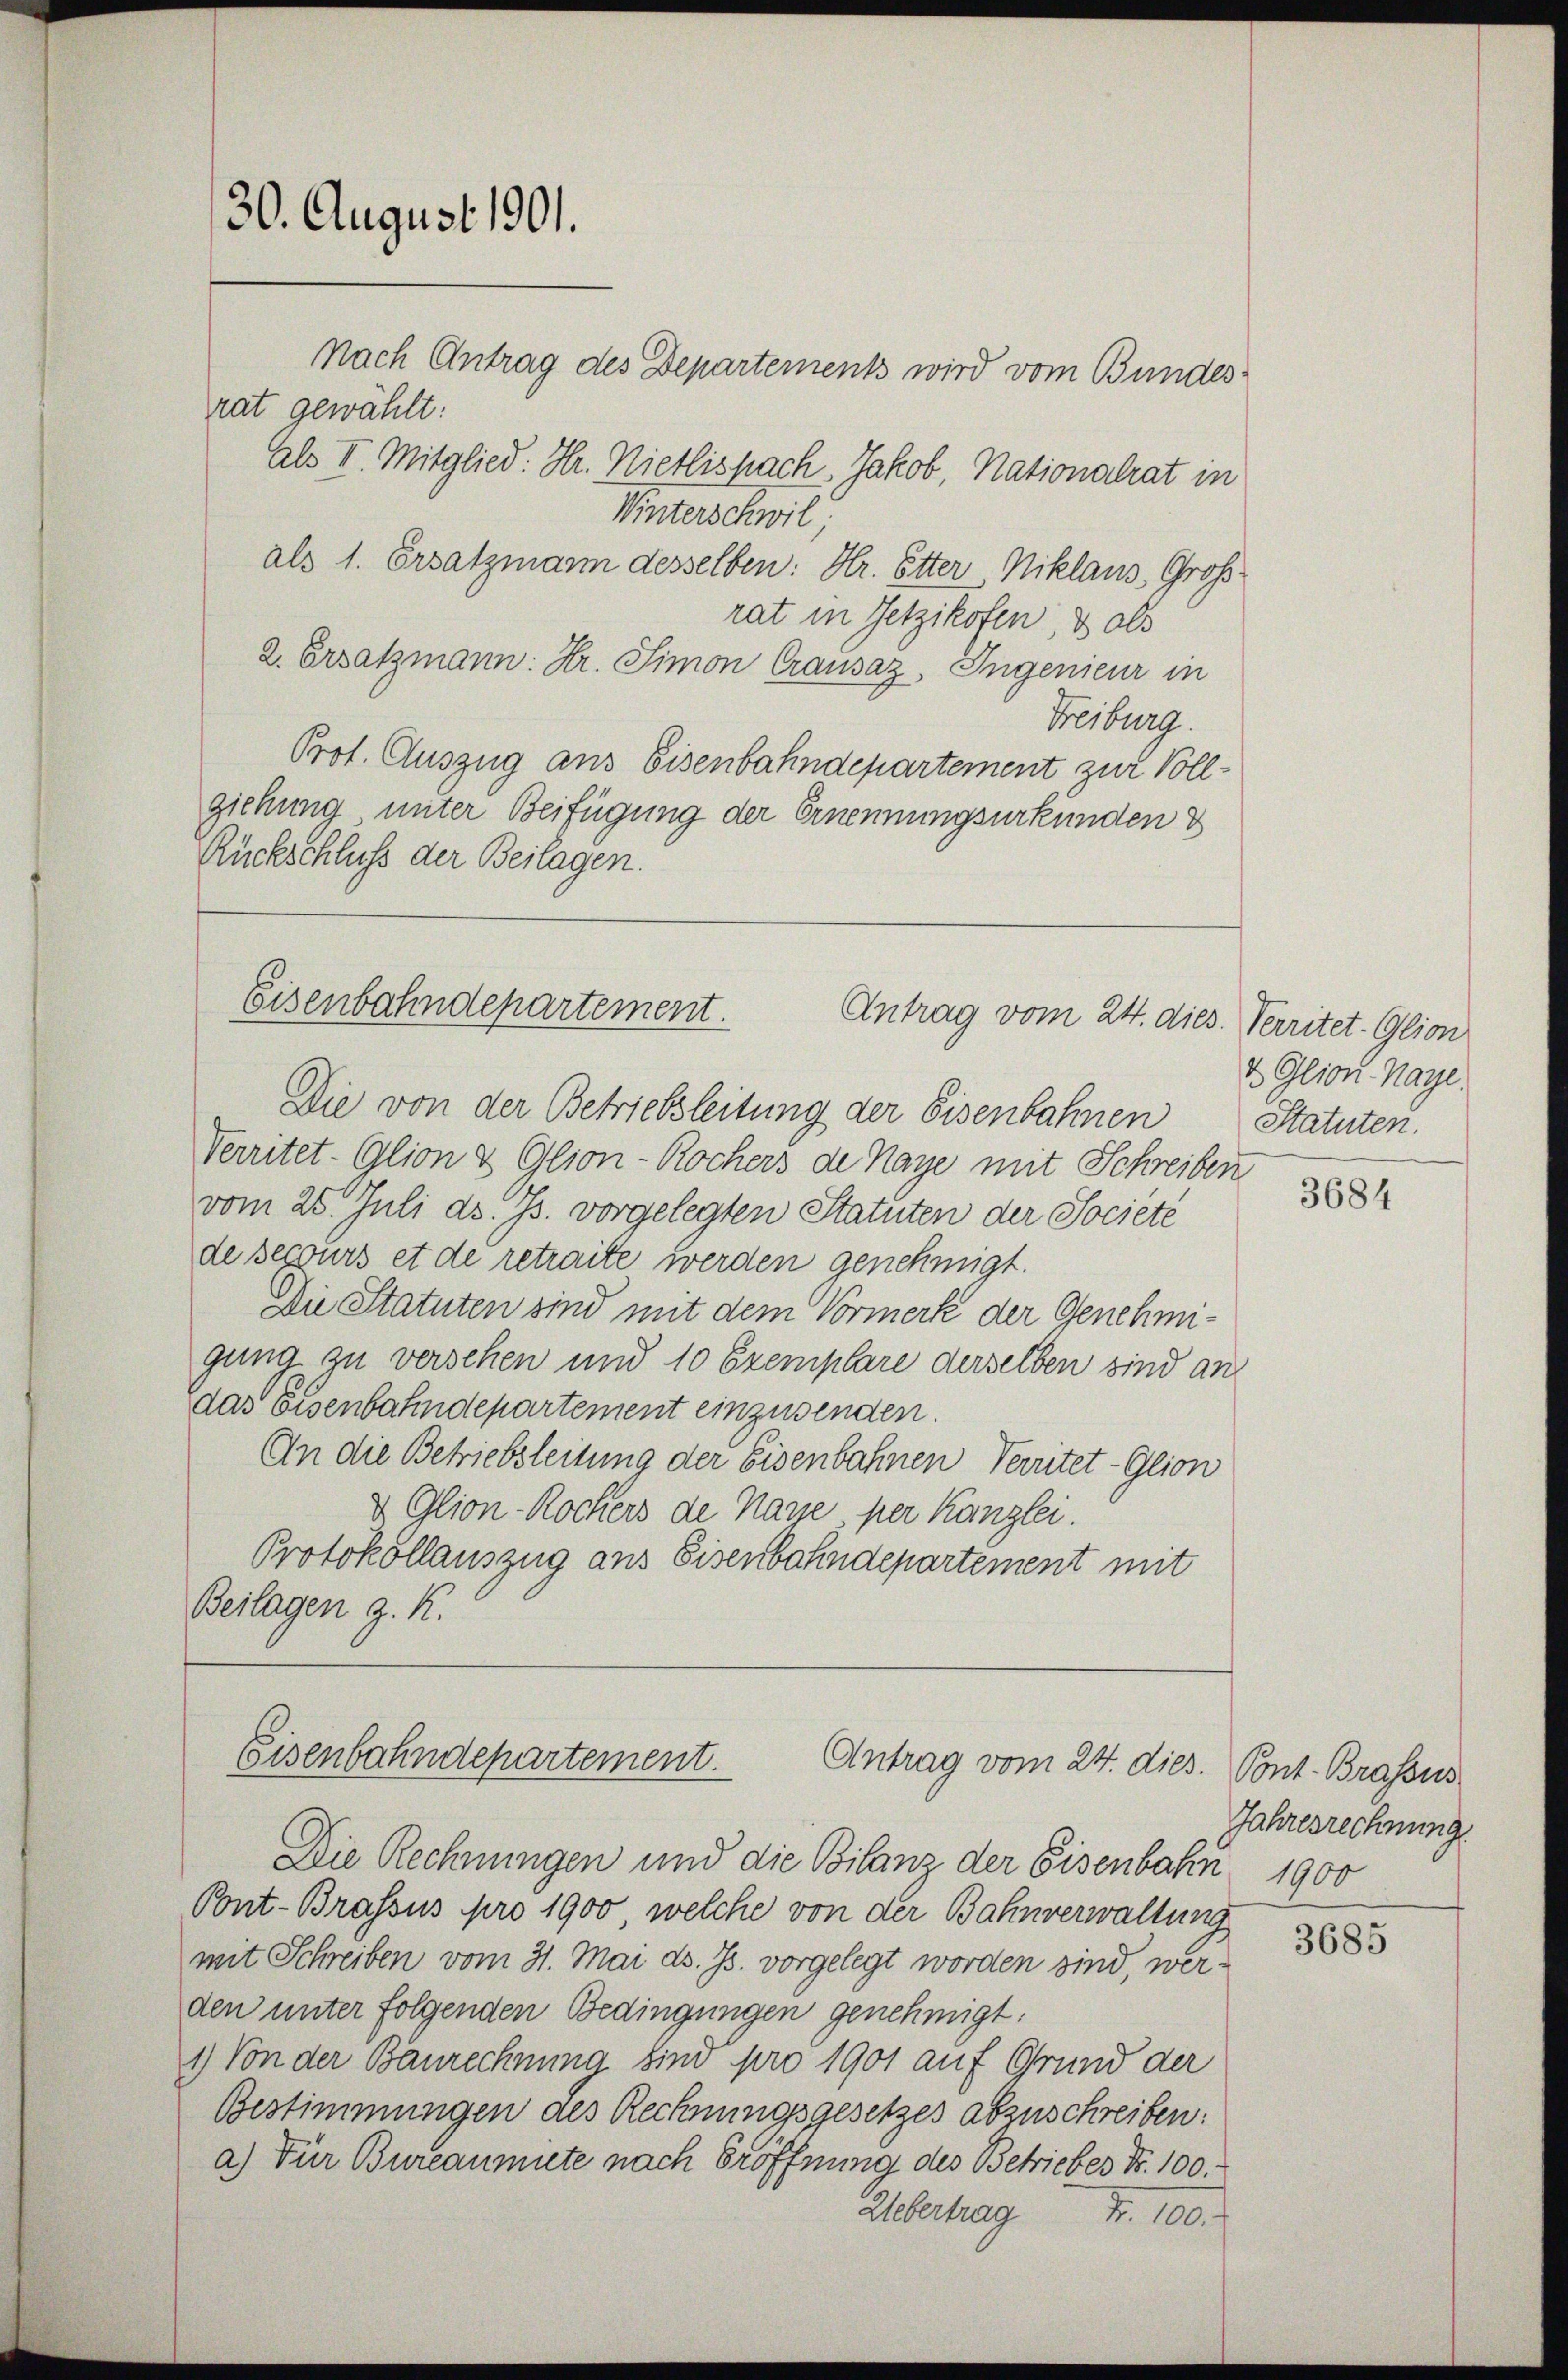
Als V. Mitglied: Hr. Nietlispach Jakob, Nationalrat in
Winterschwil
als 1. Ersatzmann desselben: Hr. Etter, Niklaus, Großrat in jetzikofen, & als
2. Ersatzmann: Hr. Simon Crausaz, Ingenieur in
Freiburg.
Prot. Auszug aus Eisenbahndepartement zur Vollziehung unter Beifügung der Ernennungsurkunden &
Rückschluß der Beilagen.

rat gewählt:

30. August 1901.
Nach Antrag des Departement wird vom Bundes-

Eisenbahndepartement. Antrag vom 24. dies. Verritet. Glion
Die von der Betriebsleitung der Eisenbahnen

Verritet-Glion & Glion-Rochers de Naye mit Schreiben
vom 25. Juli d. Js. vorgelegten Statuten der Société
de begours et de retraite werden genehmigt.
Die Statuten sind mit dem Vormerk der Genehmigung zu versehen und 10 Exemplare derselben sind an
das Eisenbahndepartement einzusenden.
An die Betriebsleitung der Eisenbahnen Verritet-Glion
& Glion-Rockers de Naye, per Kanzlei.
Protokollauszug aus Eisenbahndepartement mit
Beilagen z. K.

Eisenbahndepartement.
Antrag vom 24. dies.

Die Rechnungen und die Bilanz der Eisenbahn 1900
Pont-Brassus pro 1900 welche von der Bahnverwaltung
mit Schreiben vom 31. Mai d. Js. vorgelegt worden sind, werden unter folgenden Bedingungen genehmigt:
1) Von der Baurechnung sind pro 1901 auf Grund der
Bestimmungen des Rechnungsgesetzes abzuschreiben:
a) Für Bureaumute nach Eröffnung des Betriebes Nr. 100.
Uebertrag Fr. 100.

2 Glion-Kaye.
Statuten.

3684

Pont. Brassus
Jahresrechnung

3685